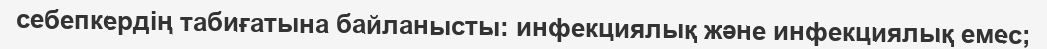
себепкердің табиғатына байланысты: инфекциялық және инфекциялық емес;